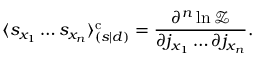
\langle s _ { x _ { 1 } } \ldots s _ { x _ { n } } \rangle _ { ( s | d ) } ^ { \mathrm { c } } = { \frac { \partial ^ { n } \ln { \mathcal { Z } } } { \partial j _ { x _ { 1 } } \ldots \partial j _ { x _ { n } } } } .